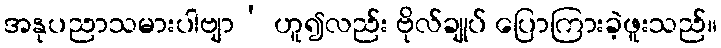
အနုပညာသမားပါဗျာ’ ဟူ၍လည်း ဗိုလ်ချုပ် ပြောကြားခဲ့ဖူးသည်။